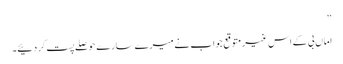
‘‘
اماں بی کے اس غیر متوقع جواب نے میرے سارے حوصلے پست کر دئیے۔